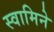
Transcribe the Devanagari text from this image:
स्वामिने